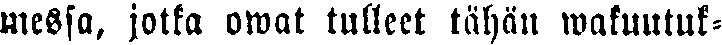
messa, jotka owat tulleet tähän wakuutuk-